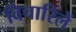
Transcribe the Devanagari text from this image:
विचारिलें